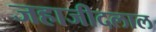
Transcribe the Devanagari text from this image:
जहाजीदलाल